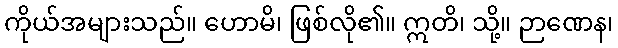
ကိုယ်အများသည်။ ဟောမိ၊ ဖြစ်လို၏။ ဣတိ၊ သို့။ ဉာဏေန၊